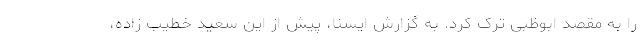
را به مقصد ابوظبی ترک کرد. به گزارش ایسنا، پیش از این سعید خطیب زاده،